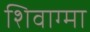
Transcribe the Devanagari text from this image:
शिवाग्मा